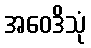
အဝေဒိသုံ